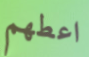
اعطهم